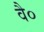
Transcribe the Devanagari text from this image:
वै०